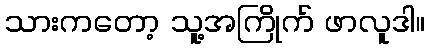
သားကတော့ သူ့အကြိုက် ဖာလူဒါ။